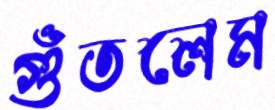
গুঁতলেম